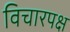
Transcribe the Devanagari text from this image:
विचारपक्ष